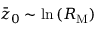
\Bar { z } _ { 0 } \sim \ln { ( R _ { \mathrm { M } } ) }